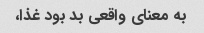
به معنای واقعی بد بود غذا،